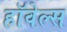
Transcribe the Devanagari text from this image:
हॉवेल्स